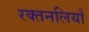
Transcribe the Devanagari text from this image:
रक्तनलियाँ